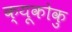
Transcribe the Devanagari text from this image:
क्यूकोकु